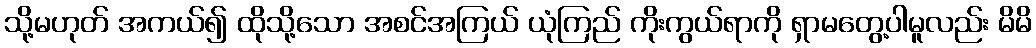
သို့မဟုတ် အကယ်၍ ထိုသို့သော အစင်အကြယ် ယုံကြည် ကိုးကွယ်ရာကို ရှာမတွေ့ပါမူလည်း မိမိ